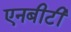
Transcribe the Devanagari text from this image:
एनबीटी